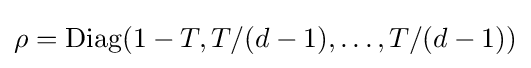
\rho =\mathrm {Diag} (1-T,T/(d-1),\dots ,T/(d-1))